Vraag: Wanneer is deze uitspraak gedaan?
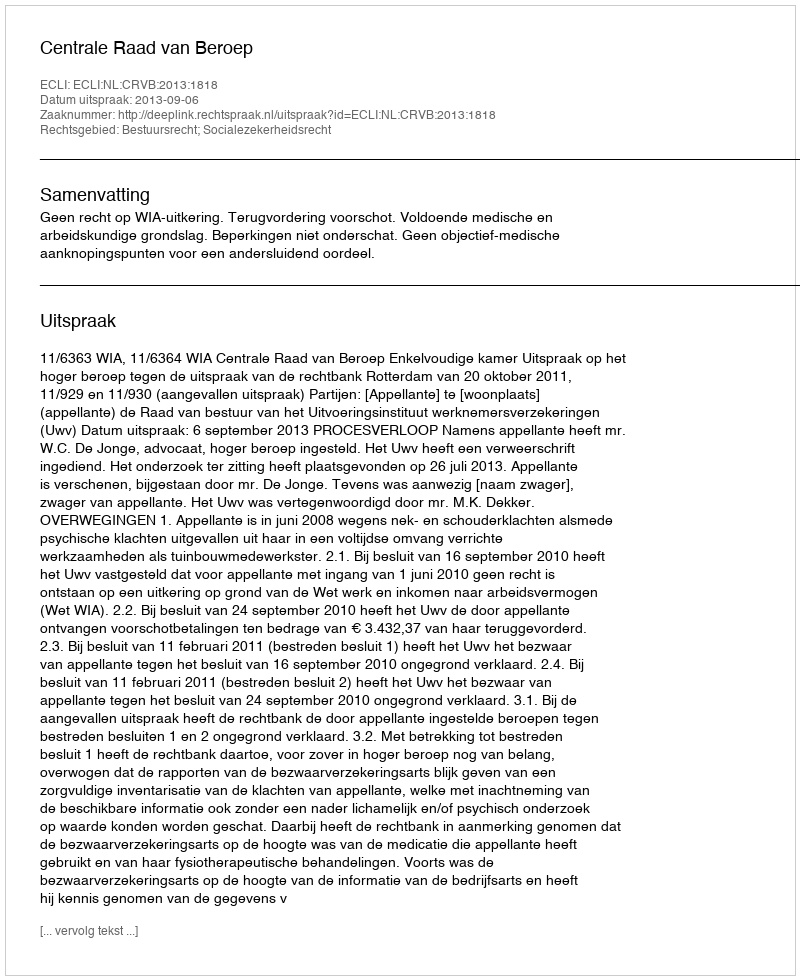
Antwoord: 2013-09-06